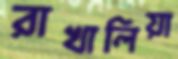
রাখালিয়া